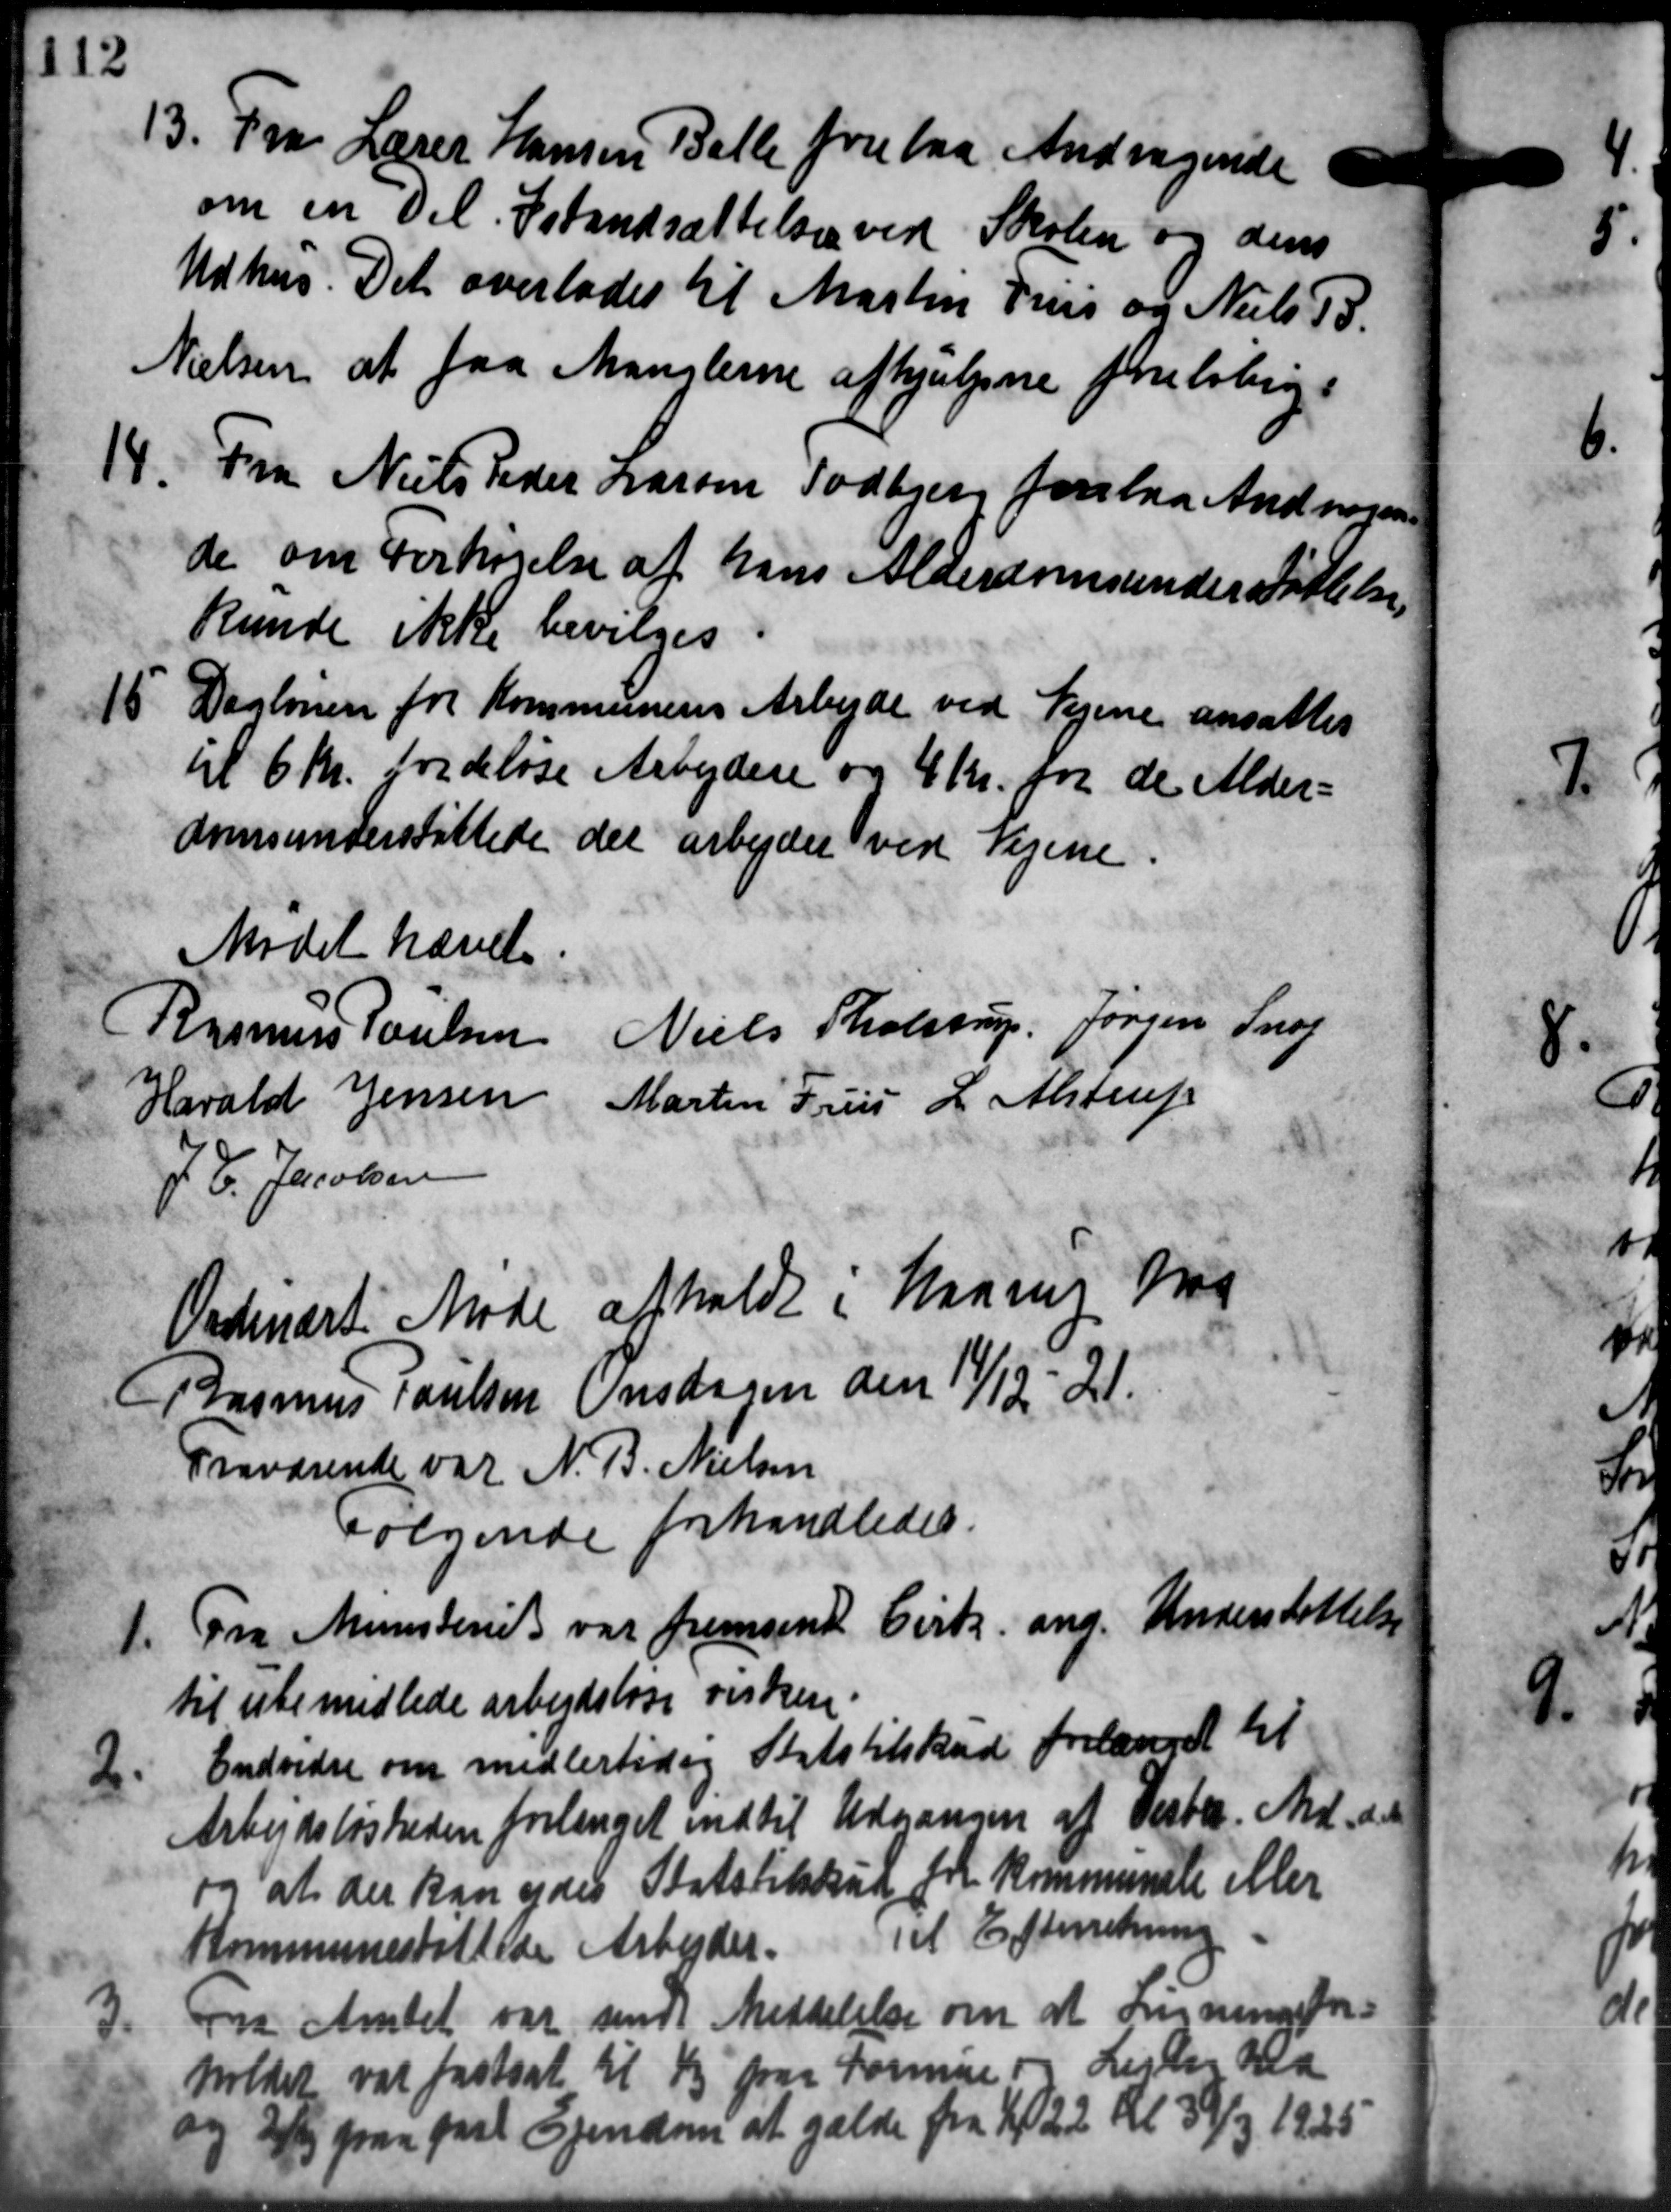
Transskription:
13. Fra Lærer Hansen Balle forelaa Andragende
13. Fra Lærer Hansen Balle forelaa Andragende
om en Del Istandsættelse ved Skolen og dens
Udhus. Det overlodes til Martin Priis og Niels P.
Nielsen at faa Manglerne afhjulpne foreløbig
14.
Fra Niels Peder Larsen Todbjerg forelaa Andreasen
de om Forhøjelse af hans Alderdomsunderstøttelse
kunde ikke bevilges
15. Daglønen for Kommunens Arbejde ved Vejene ansattes
15. Daglønen for Kommunens Arbejde ved Vejene ansattes
til 6 Kr. fordeløse Arbejdere og 4 Kr. for de Alder-
domsunderstøttede det arbejdet ved Vejene.
Mødet hævet
Niels Tholstrup, Jørgen Snog
Rasmus Poulsen
Martin Friis L. Alstrup
Harald Jensen
J. P. Jacobsen
Ordinært Møde afholdt i Haarup Mos
Rasmus Poulsen Onsdagen den 14/12-21.
Traværende var N. B. Nielsen
Følgende forhandledes.
1. Fra Ministeriet var fremsendt Cirk ang. Understøttelse
1. Fra Ministeriet var fremsendt Cirk ang. Understøttelse
til ubemidlede arbejdsløse virken.
2
Endvidre om midlertidig Statstilskud forlænget til
Arbejdsløsheden forlanget indtil Udgangen af Vester. Md. de
og at der kan ydes Statstilskud for kommunale eller
Kommuneskattede Arbejder. Til Efterretning
3.
Fra Amtet var sendt Meddelelse om at Ligningsfor-
holdet var fastsat til 1/3 paa Formue og Lister Ald
og 2/5 paa fast Ejendom at gælde fra 1/1 22 Kl. 39/3 1925